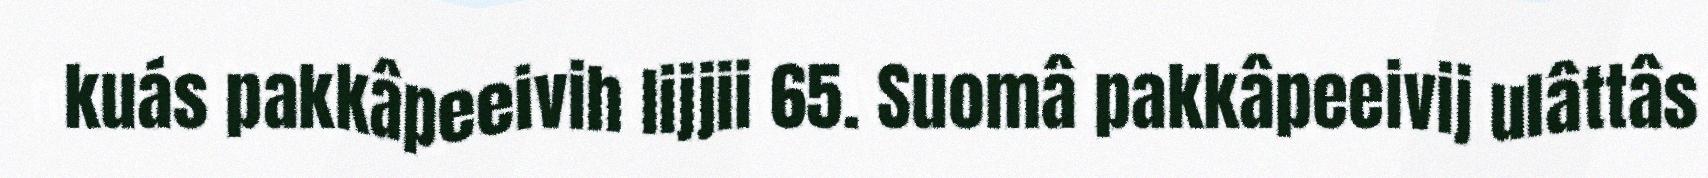
kuás pakkâpeeivih lijjii 65. Suomâ pakkâpeeivij ulâttâs